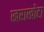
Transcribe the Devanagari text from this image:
खराखोटा